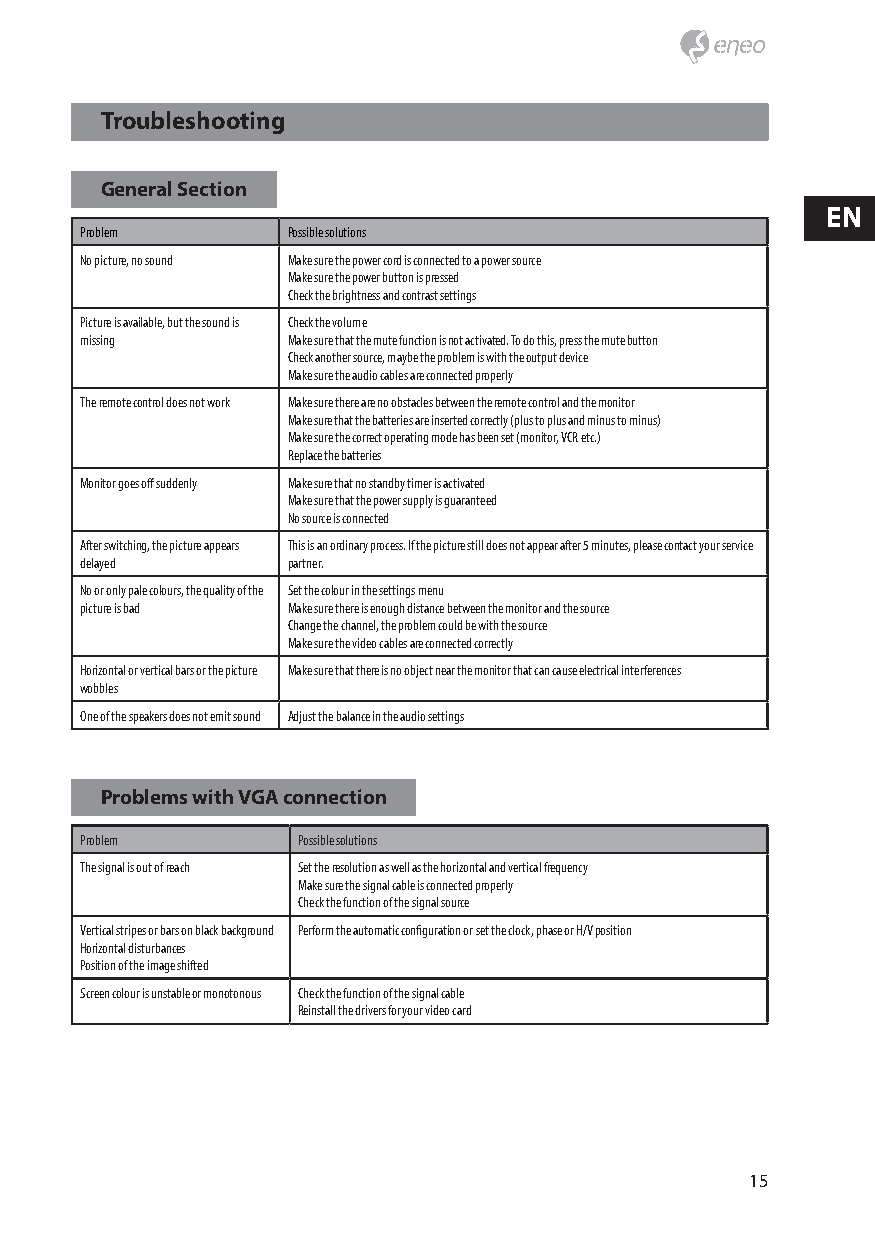
Troubleshooting
 General Section
 EN
 Problem       Possible solutions
 No picture, no sound Make sure the power cord is connected to a power source
 Make sure the power button is pressed
 Check the brightness and contrast settings
 Picture is available, but the sound is Check the volume
 missing       Make sure that the mute function is not activated. To do this, press the mute button
 Check another source, maybe the problem is with the output device
 Make sure the audio cables are connected properly
 The remote control does not work Make sure there are no obstacles between the remote control and the monitor
 Make sure that the batteries are inserted correctly (plus to plus and minus to minus)
 Make sure the correct operating mode has been set (monitor, VCR etc.)
 Replace the batteries
 Monitor goes off suddenly Make sure that no standby timer is activated
 Make sure that the power supply is guaranteed
 No source is connected
 After switching, the picture appears This is an ordinary process. If the picture still does not appear after 5 minutes, please contact your service
 delayed       partner.
 No or only pale colours, the quality of the Set the colour in the settings menu
 picture is bad Make sure there is enough distance between the monitor and the source
 Change the channel, the problem could be with the source
 Make sure the video cables are connected correctly
 Horizontal or vertical bars or the picture Make sure that there is no object near the monitor that can cause electrical interferences
 wobbles
 One of the speakers does not emit sound Adjust the balance in the audio settings
 Problems with VGA connection
 Problem        Possible solutions
 The signal is out of reach Set the resolution as well as the horizontal and vertical frequency
 Make sure the signal cable is connected properly
 Check the function of the signal source
 Vertical stripes or bars on black background Perform the automatic configuration or set the clock, phase or H/V position
 Horizontal disturbances
 Position of the image shifted
 Screen colour is unstable or monotonous Check the function of the signal cable
 Reinstall the drivers for your video card
 15